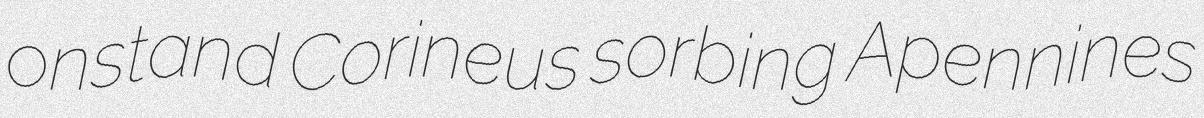
onstand Corineus sorbing Apennines